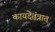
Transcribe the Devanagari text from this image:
कायदेतंत्रात